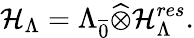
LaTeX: {\cal H}_{\Lambda}=\Lambda_{\overline{{{0}}}}\widehat{\otimes}{\cal H}_{\Lambda}^{res}.